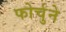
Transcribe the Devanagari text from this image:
फोर्चुने